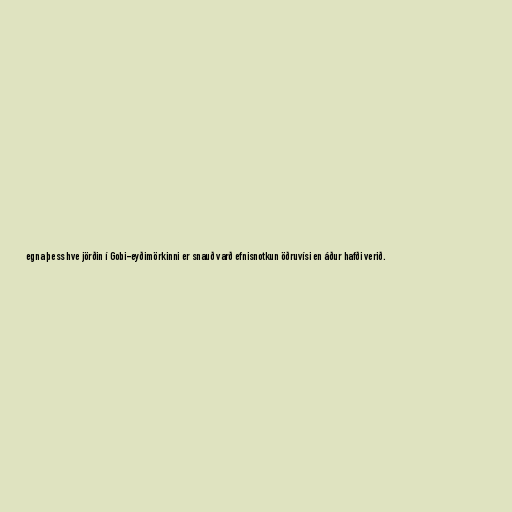
egna þess hve jörðin í Gobi-eyðimörkinni er snauð varð efnisnotkun öðruvísi en áður hafði verið.